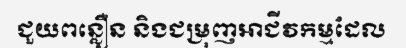
ជួយពន្លឿន និងជម្រុញអាជីវកម្មដែល